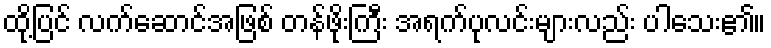
ထို့ပြင် လက်ဆောင်အဖြစ် တန်ဖိုးကြီး အရက်ပုလင်းများလည်း ပါသေး၏။